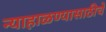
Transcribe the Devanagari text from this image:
न्याहाळण्यासाठीचे